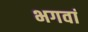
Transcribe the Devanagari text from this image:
भगवां